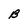
Character: B